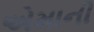
એમાની